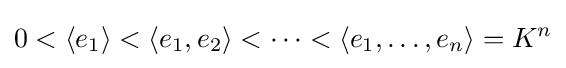
0<\left\langle e_{1}\right\rangle <\left\langle e_{1},e_{2}\right\rangle <\cdots <\left\langle e_{1},\ldots ,e_{n}\right\rangle =K^{n}